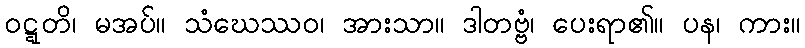
ဝဋ္ဋတိ၊ မအပ်။ သံဃေဿဝ၊ အားသာ။ ဒါတဗ္ဗံ၊ ပေးရာ၏။ ပန၊ ကား။